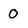
Character: O